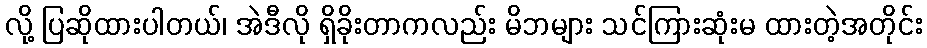
လို့ ပြဆိုထားပါတယ်၊ အဲဒီလို ရှိခိုးတာကလည်း မိဘများ သင်ကြားဆုံးမ ထားတဲ့အတိုင်း